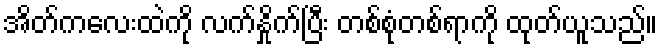
အိတ်ကလေးထဲကို လက်နှိုက်ပြီး တစ်စုံတစ်ရာကို ထုတ်ယူသည်။